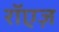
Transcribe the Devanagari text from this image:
रॉएज़